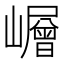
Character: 𡾓